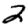
Digit: 2